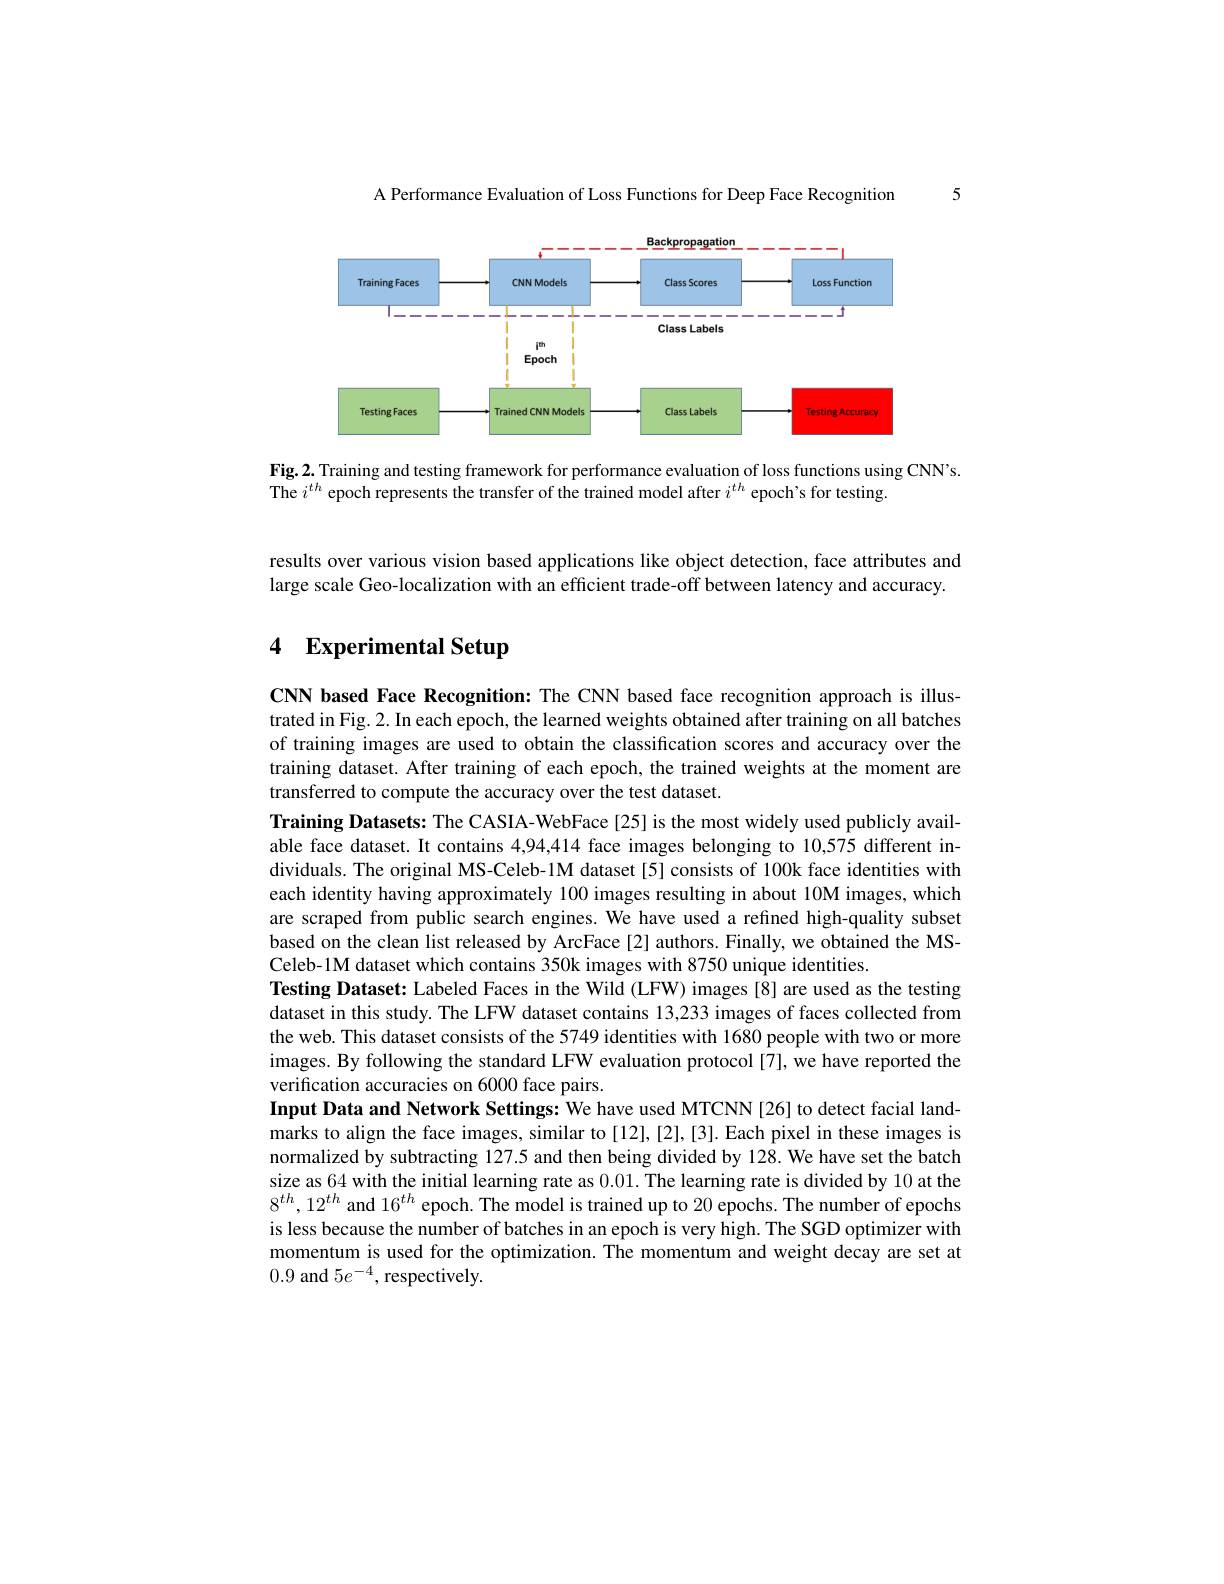
5

A Performance Evaluation of Loss Functions for Deep Face Recognition

<FigureHere>

Fig.2. Training and testing framework for performance evaluation of loss functions using CNN's.
The $i^th$ epoch represents the transfer of the trained model after $i^th$ epoch's for testing

results over various vision based applications like object detection, face attributes and large scale Geo-localization with an efficient trade-off between latency and accuracy.

# 4 Experimental Setup

CNN based Face Recognition: The CNN based face recognition approach is illustrated in Fig. 2. In each epoch, the learned weights obtained after training on all batches of training images are used to obtain the classification scores and accuracy over the training dataset. After training of each epoch, the trained weights at the moment are transferred to compute the accuracy over the test dataset
Training Datasets: The CASIA-WebFace[25] is the most widely used publicly available face dataset. It contains 4,94,414 face images belonging to 10,575 different individuals. The original MS-Celeb-1M dataset[5] consists of 100k face identities with each identity having approximately 100 images resulting in about 10M images,which are scraped from public search engines. We have used a refined high-quality subset based on the clean list released by ArcFace[2] authors. Finally, we obtained the MSCeleb-1M dataset which contains 350k images with 8750 unique identities.
Testing Dataset: Labeled Faces in the Wild (LFW) images [8] are used as the testing dataset in this study. The LFW dataset contains 13,233 images of faces collected from the web. This dataset consists of the 5749 identities with 1680 people with two or more images. By following the standard LFW evaluation protocol [7], we have reported the verification accuracies on 6000 face pairs.
Input Data and Network Settings: We have used MTCNN [26] to detect facial landmarks to align the face images, similar to [12],[2],[3]. Each pixel in these images is normalized by subtracting 127.5 and then being divided by 128. We have set the batch size as 64 with the initial learning rate as 0.01. The learning rate is divided by 10 at the $8^{th},12^{th}$ and $16^th$ epoch. The model is trained up to 20 epochs. The number of epochs is less because the number of batches in an epoch is very high. The SGD optimizer with momentum is used for the optimization. The momentum and weight decay are set at 0.9 and $5e^-4$,respectively.